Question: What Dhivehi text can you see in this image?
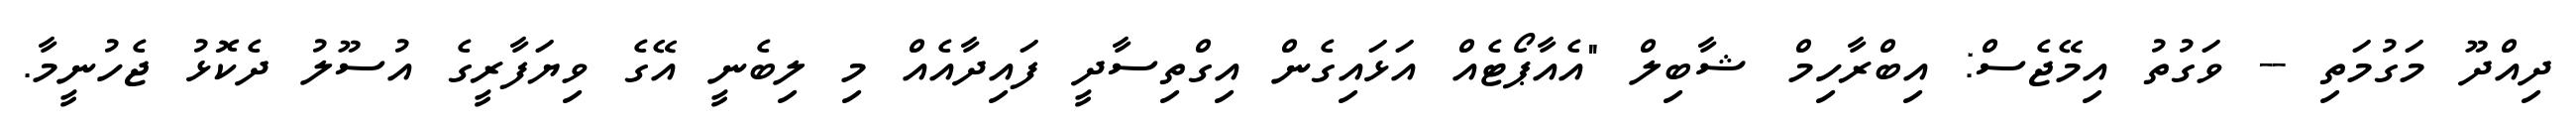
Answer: ދިއްދޫ މަގުމަތި -- ވަގުތު އިމޭޖެސް: އިބްރާހިމް ޝާބިލް "އެއާޕޯޓެއް އަޅައިގެން އިގްތިސާދީ ފައިދާއެއް މި ލިބެނީ އޭގެ ވިޔަފާރީގެ އުސޫލު ދެކޮޅު ޖެހުނީމާ.